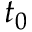
t _ { 0 }